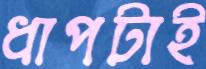
ধাপটাই